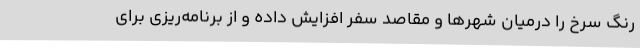
رنگ سرخ را درمیان شهرها و مقاصد سفر افزایش داده و از برنامه‌ریزی برای